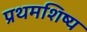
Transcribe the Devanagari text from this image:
प्रथमशिष्य